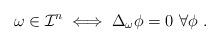
LaTeX: \begin{align*} \omega \in \mathcal{I}^n \iff \Delta_{\omega} \phi = 0 \ \forall \phi \ . \end{align*}